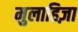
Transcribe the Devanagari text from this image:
मुलाहिज़ा